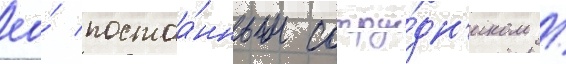
ео́ постоа́нным сотру́дн'иком /